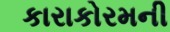
કારાકોરમની